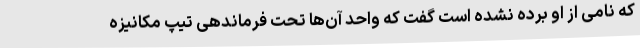
که نامی از او برده نشده است گفت که واحد آن‌ها تحت فرماندهی تیپ مکانیزه